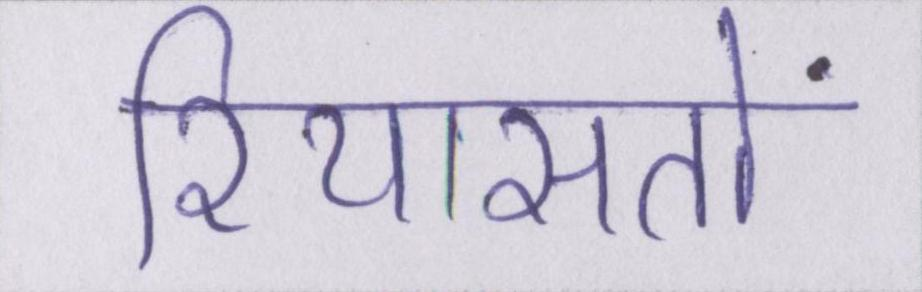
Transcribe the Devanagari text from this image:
रियासतों